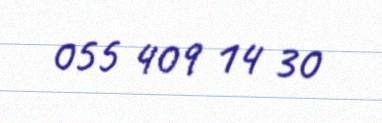
055 409 14 30